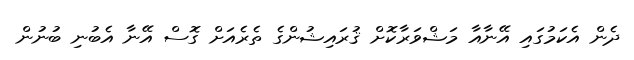
ދެން އެކަމުގައި އޭނާއާ މަޝްވަރާކޮށް ޤުރައިޝުންގެ ތެރެއަށް ގޮސް އޭނާ އެބުނި ބުނުން